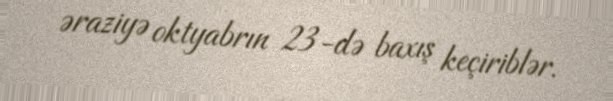
əraziyə oktyabrın 23-də baxış keçiriblər.